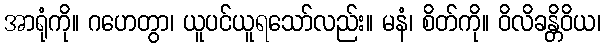
အာရုံကို။ ဂဟေတွာ၊ ယူပင်ယူရသော်လည်း။ မနံ၊ စိတ်ကို။ ဝိလိခန္တိဝိယ၊